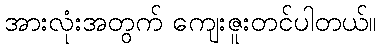
အားလုံးအတွက် ကျေးဇူးတင်ပါတယ်။